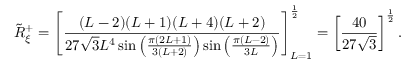
\tilde { R } _ { \xi } ^ { + } = \left[ \frac { ( L - 2 ) ( L + 1 ) ( L + 4 ) ( L + 2 ) } { 2 7 \sqrt { 3 } L ^ { 4 } \sin \left( \frac { \pi ( 2 L + 1 ) } { 3 ( L + 2 ) } \right) \sin \left( \frac { \pi ( L - 2 ) } { 3 L } \right) } \right] _ { L = 1 } ^ { \frac { 1 } { 2 } } = \left[ \frac { 4 0 } { 2 7 \sqrt { 3 } } \right] ^ { \frac { 1 } { 2 } } .